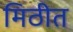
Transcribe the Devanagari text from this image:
मिठीत